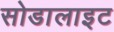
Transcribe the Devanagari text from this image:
सोडालाइट